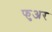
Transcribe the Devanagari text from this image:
फुअर